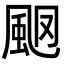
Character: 𩖩